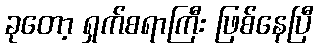
ခုတော့ ရှက်စရာကြီး ဖြစ်နေပြီ